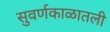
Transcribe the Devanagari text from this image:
सुवर्णकाळातली